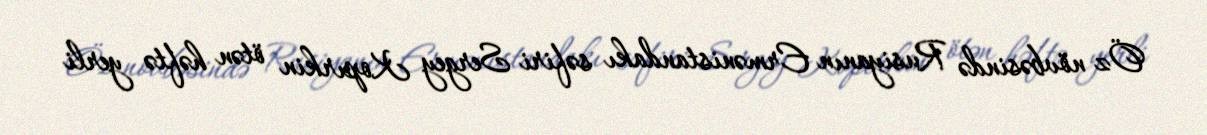
Öz növbəsində Rusiyanın Ermənistandakı səfiri Sergey Kopırkin ötən həftə yerli